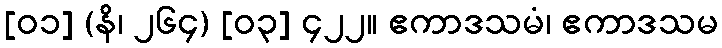
[၀၁] (နိ၊ ၂၆၄) [၀၃] ၄၂၂။ ဧကာဒသမံ၊ ဧကာဒသမ